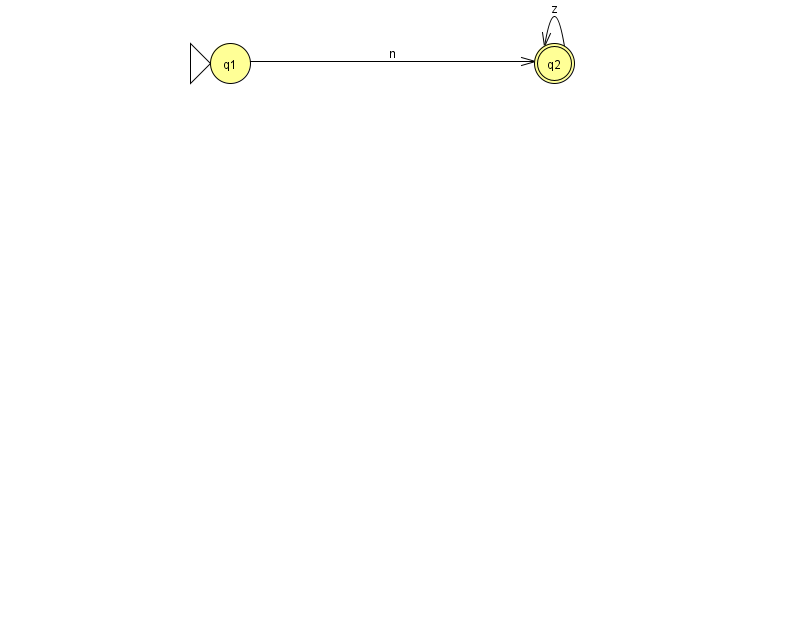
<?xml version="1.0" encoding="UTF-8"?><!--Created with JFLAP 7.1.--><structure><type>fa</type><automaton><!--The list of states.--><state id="1" name="q1"><x>230.0</x><y>50.0</y><initial/></state><state id="2" name="q2"><x>554.0</x><y>50.0</y><final/></state><!--The list of transitions.--><transition><from>2</from><to>2</to><read>z</read></transition><transition><from>1</from><to>2</to><read>n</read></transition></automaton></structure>